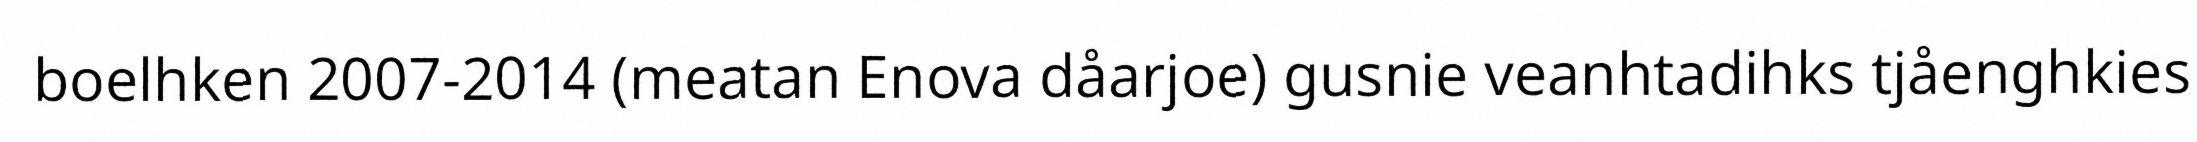
boelhken 2007-2014 (meatan Enova dåarjoe) gusnie veanhtadihks tjåenghkies